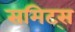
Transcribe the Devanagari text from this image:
समिट्स